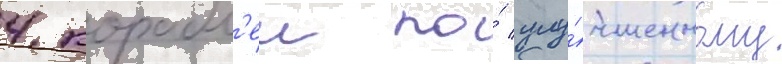
4 корабл'еи по́ улу́чшенному